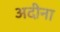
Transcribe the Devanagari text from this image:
अदीना